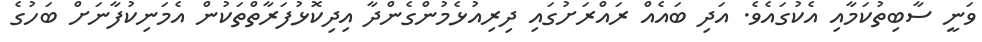
ވަނީ ސާބިތުކަމާއި އެކުގައެވެ. އަދި ބައެއް ރައްރަށުގައި ދިރިއުޅެމުންގެންދާ އިދިކޮޅުފަރާތްތަކުން އެމަނިކުފާނަށް ބަހުގެ